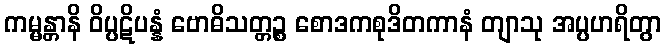
ကမ္မန္တာနိ ဝိပ္ပဋိပန္နံ ဗောဓိသတ္တဉ္စ စောဒကစုဒိတကာနံ တျာသု အပ္ပဟရိတွာ